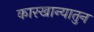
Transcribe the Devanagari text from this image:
कारखान्यातुन